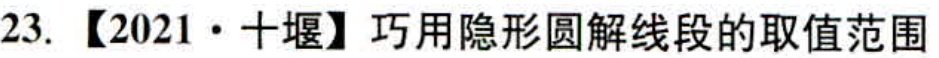
23. 【2021·十堰】巧用隐形圆解线段的取值范围